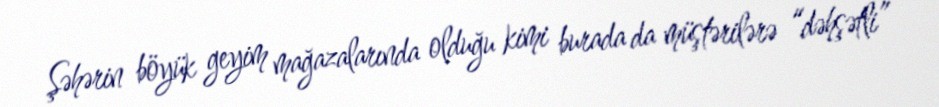
Şəhərin böyük geyim mağazalarında olduğu kimi burada da müştərilərə “dəhşətli”